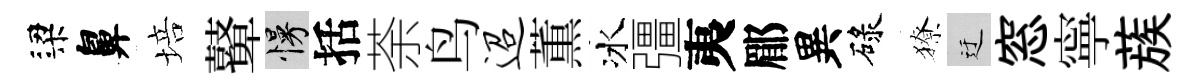
梁鼻培鼙慢括荼鸟迢薫冰彊夷郿異碌獠迂窓寧蔟